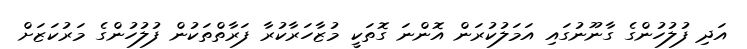
އަދި ފުލުހުންގެ ގާނޫނުގައި އަމަލުކުރަން އޮންނަ ގޮތަކީ މުޒާހަރާކުރާ ފަރާތްތަކުން ފުލުހުންގެ މަރުކަޒަށް